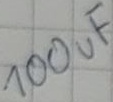
Text: 100uF